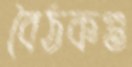
বৈঠকগু